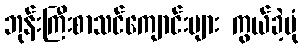
ဘုန်းကြီးစာသင်ကျောင်းများ ကွယ်ခဲ့ပုံ